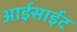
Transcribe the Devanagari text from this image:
आईसाईट